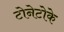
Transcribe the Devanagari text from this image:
टोनेटोके